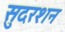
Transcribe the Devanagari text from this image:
सुदरशन